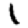
Digit: 1